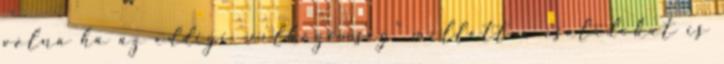
volna ha az eddigi „célközönség” mellett a családokat is